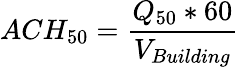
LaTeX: ACH_{50}={\frac{Q_{50}*60}{V_{Building}}}\,